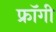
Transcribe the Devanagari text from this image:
फ्रॉगी